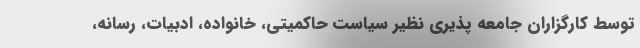
توسط کارگزاران جامعه پذیری نظیر سیاست حاکمیتی، خانواده، ادبیات، رسانه،